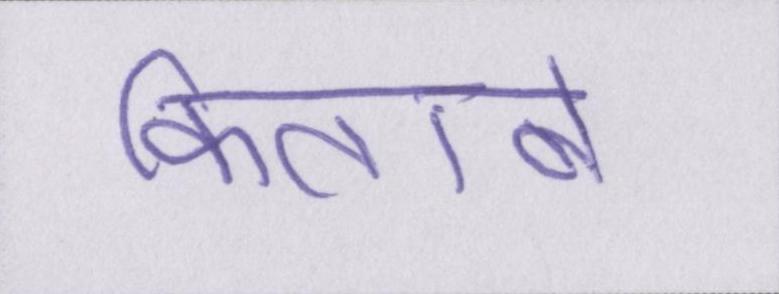
किताबें